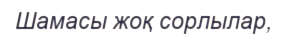
Шамасы жоқ сорлылар,